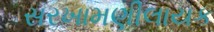
સરખામણીલાયક